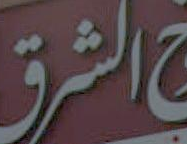
الشرق